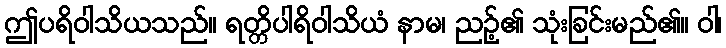
ဤပရိဝါသိယသည်။ ရတ္တိပါရိဝါသိယံ နာမ၊ ညဉ့်၏ သုံးခြင်းမည်၏။ ဝါ၊